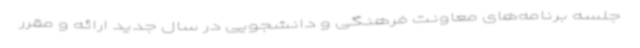
جلسه برنامه‌های معاونت فرهنگی و دانشجویی در سال جدید ارائه و مقرر